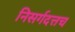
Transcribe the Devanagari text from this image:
निसर्गदत्तच